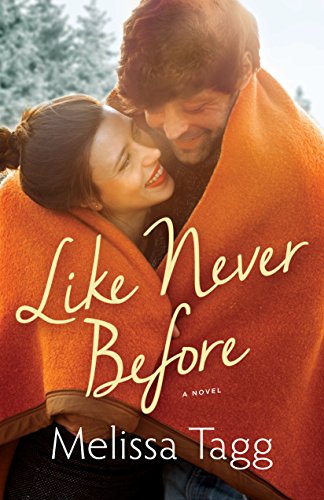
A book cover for Like Never Before; Melissa Tagg; Romance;